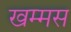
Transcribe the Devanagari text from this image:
खम्मस